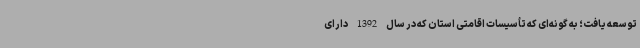
توسعه یافت؛ به گونه‌ای که تأسیسات اقامتی استان که در سال 1392 دارای